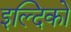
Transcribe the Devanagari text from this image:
इल्दिको